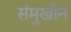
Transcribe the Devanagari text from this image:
संमुखीन